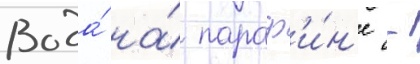
Вода́ на́ параф'и́н'е -